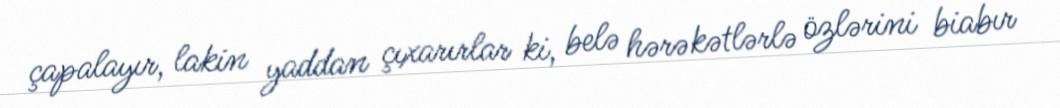
çapalayır, lakin yaddan çıxarırlar ki, belə hərəkətlərlə özlərini biabır